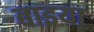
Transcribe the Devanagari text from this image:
बाइया